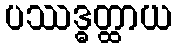
ပဿဒ္ဓတ္ထာယ